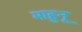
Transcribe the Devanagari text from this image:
माहुनू